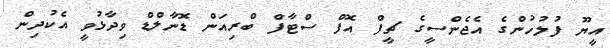
އީޔޫ ފުލުހުންގެ އެޖެންސީގެ ޗީފް އޮފް ސްޓާފް ބްރިއަން ޑޮނާލްޑް ވިދާޅުވީ އެކުދިން